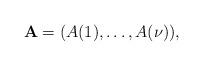
LaTeX: \begin{align*} \mathbf{A} = (A(1), \dotsc, A(\nu)),\end{align*}